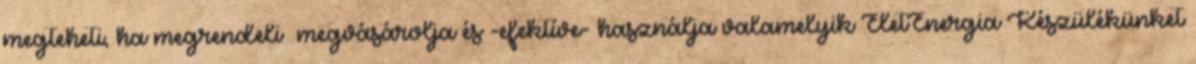
megteheti, ha megrendeli megvásárolja és -efektíve- használja valamelyik ÉletEnergia Készülékünket